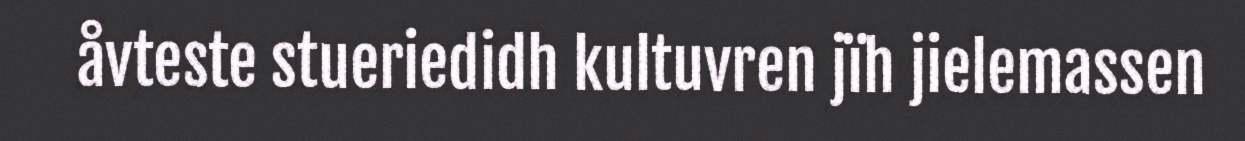
åvteste stueriedidh kultuvren jïh jielemassen